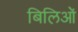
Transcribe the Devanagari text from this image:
बिलिओं